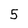
Character: 5